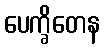
ပေက္ခိတေန